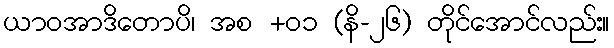
ယာဝအာဒိတောပိ၊ အစ +၀၁ (နိ-၂၆) တိုင်အောင်လည်း။